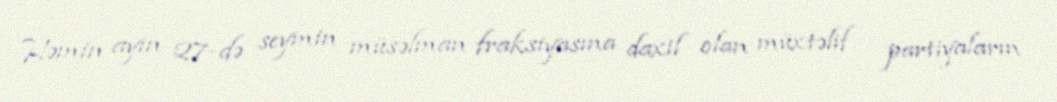
Həmin ayın 27-də seymin müsəlman fraksiyasına daxil olan müxtəlif partiyaların